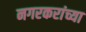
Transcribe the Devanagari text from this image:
नगरकरांच्या